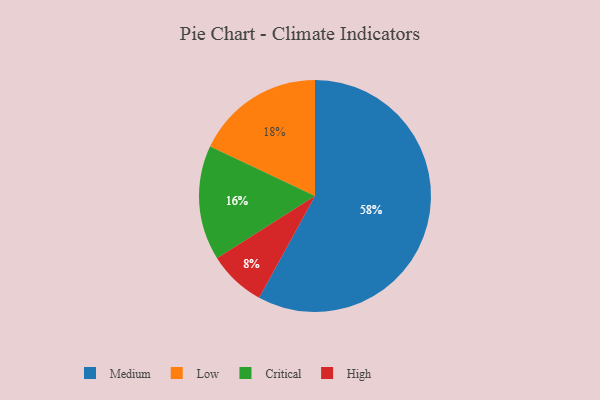
{"axis": {"x": "Category", "y": "Percentage"}, "legend": ["Critical", "High", "Low", "Medium"], "data": [{"x": "Medium", "y": 58, "type": "Medium"}, {"x": "High", "y": 8, "type": "High"}, {"x": "Critical", "y": 16, "type": "Critical"}, {"x": "Low", "y": 18, "type": "Low"}]}